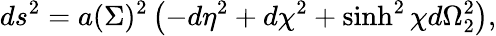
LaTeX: ds^{2}=a(\Sigma)^{2}\left(-d\eta^{2}+d\chi^{2}+\sinh^{2}\chi d\Omega_{2}^{2}\right),